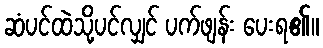
ဆံပင်ထဲသို့ပင်လျှင် ပက်ဖျန်း ပေးရ၏။